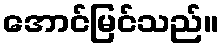
အောင်မြင်သည်။